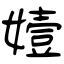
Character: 嬄